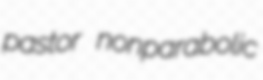
pastor nonparabolic